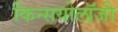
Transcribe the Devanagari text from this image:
किन्सयोलॉजी